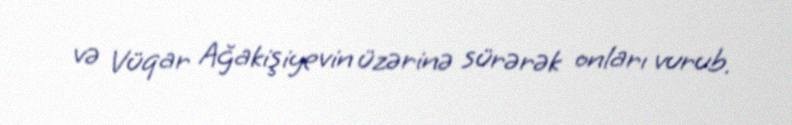
və Vüqar Ağakişiyevin üzərinə sürərək onları vurub.